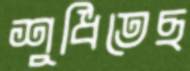
শুধিতেছ